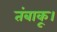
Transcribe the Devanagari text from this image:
तंबाकू।